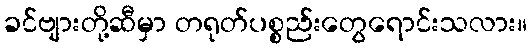
ခင်ဗျားတို့ဆီမှာ တရုတ်ပစ္စည်းတွေရောင်းသလား။